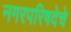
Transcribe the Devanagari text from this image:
नगरपरिषदेचे